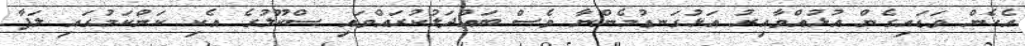
އެހެން ވަޑައިގެން އުޅުއްވާއިރު އަޅުގަނޑުމެންނާ ވެސް ބައްދަލުކުރައްވައި ސްކޫލުގެ އެކި ކަންކަމުގައި ލަފާ